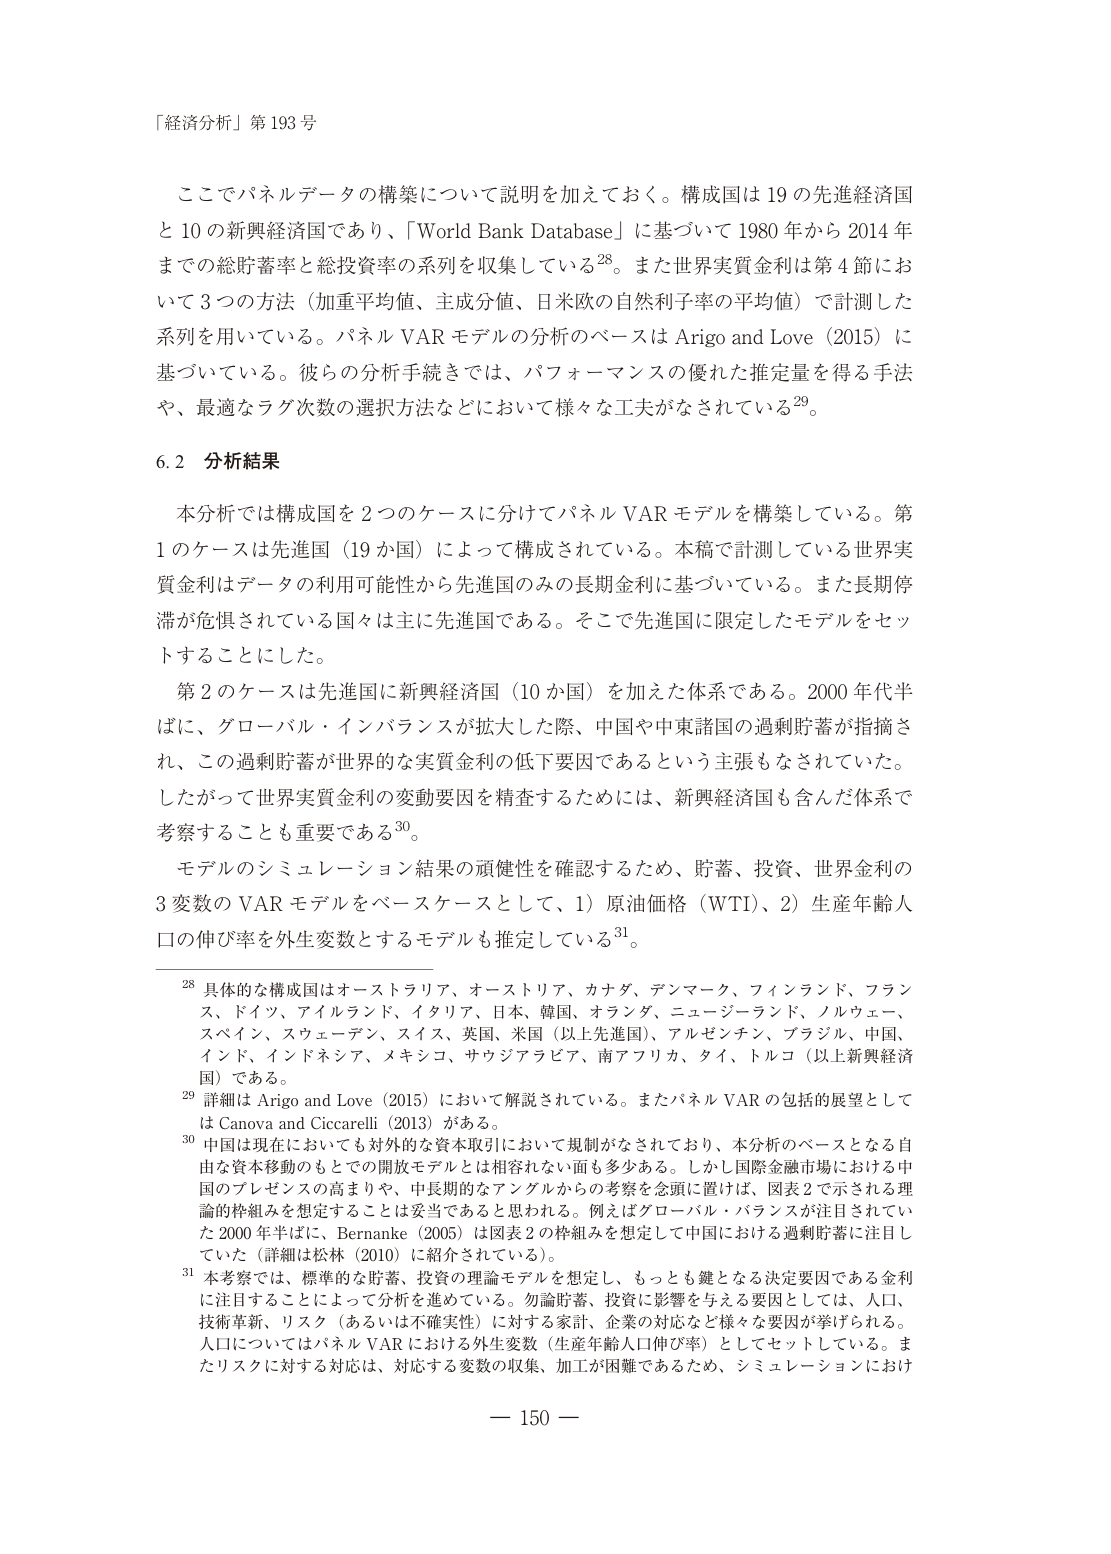
「経済分析」第 193 号

ここでパネルデータの構築について説明を加えておく。構成国は 19 の先進経済国と 10 の新興経済国であり、「World Bank Database」に基づいて 1980 年から 2014 年までの総貯蓄率と総投資率の系列を収集している28。また世界実質金利は第 4 節において 3 つの方法（加重平均値、主成分値、日米欧の自然利子率の平均値）で計測した系列を用いている。パネル VAR モデルの分析のベースは Arigo and Love（2015）に基づいている。彼らの分析手続きでは、パフォーマンスの優れた推定量を得る手法や、最適なラグ次数の選択方法などにおいて様々な工夫がなされている29。

6.2 分析結果

本分析では構成国を 2 つのケースに分けてパネル VAR モデルを構築している。第 1 のケースは先進国（19 カ国）によって構成されている。本稿で計測している世界実質金利はデータの利用可能性から先進国のみの長期金利に基づいている。また長期停滞が危惧されている国々は主に先進国である。そこで先進国に限定したモデルをセットすることにした。

第 2 のケースは先進国に新興経済国（10 カ国）を加えた体系である。2000 年代半ばに、グローバル・インバランスが拡大した際、中国や中東諸国の過剰貯蓄が指摘され、この過剰貯蓄が世界的な実質金利の低下要因であるという主張もなされていた。したがって世界実質金利の変動要因を精査するためには、新興経済国も含んだ体系で考察することも重要である30。

モデルのシミュレーション結果の頑健性を確認するため、貯蓄、投資、世界金利の 3 変数の VAR モデルをベースケースとして、1）原油価格（WTI）、2）生産年齢人口の伸び率を外生変数とするモデルも推定している31。

28 具体的な構成国はオーストラリア、オーストリア、カナダ、デンマーク、フィンランド、フランス、ドイツ、アイルランド、イタリア、日本、韓国、オランダ、ニュージーランド、ノルウェー、スペイン、スウェーデン、スイス、英国、米国（以上先進国）、アルゼンチン、ブラジル、中国、インド、インドネシア、メキシコ、サウジアラビア、南アフリカ、タイ、トルコ（以上新興経済国）である。

29 詳細は Arigo and Love（2015）において解説されている。またパネル VAR の包括的展望としては Canova and Ciccarelli（2013）がある。

30 中国は現在においても対外的な資本取引において規制がなされており、本分析のベースとなる自由な資本移動のもとでの開放モデルとは相容れない面も多少ある。しかし国際金融市場における中国のプレゼンスの高まりや、中長期的なアングルからの考察を念頭に置けば、図表 2 で示される理論的枠組みを想定することは妥当であると思われる。例えばグローバル・バランスが注目されていた 2000 年半ばに、Bernanke（2005）は図表 2 の枠組みを想定して中国における過剰貯蓄に注目していた（詳細は松林（2010）に紹介されている）。

31 本考察では、標準的な貯蓄、投資の理論モデルを想定し、もっとも鍵となる決定要因である金利に注目することによって分析を進めている。勿論貯蓄、投資に影響を与える要因としては、人口、技術革新、リスク（あるいは不確実性）に対する家計、企業の対応など様々な要因が挙げられる。人口についてはパネル VAR における外生変数（生産年齢人口伸び率）としてセットしている。またリスクに対する対応は、対応する変数の収集、加工が困難であるため、シミュレーションにおけ

— 150 —